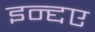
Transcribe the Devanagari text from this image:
इन्द्दए